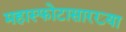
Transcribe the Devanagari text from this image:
महास्फोटासारख्या